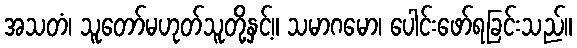
အသတံ၊ သူတော်မဟုတ်သူတို့နှင့်။ သမာဂမော၊ ပေါင်းဖော်ရခြင်းသည်။